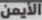
الأيمن